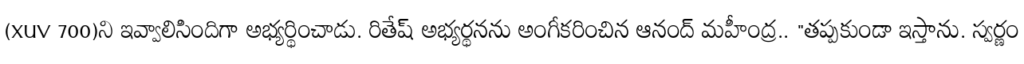
(XUV 700)ని ఇవ్వాలిసిందిగా అభ్యర్థించాడు. రితేష్ అభ్యర్థనను అంగీకరించిన ఆనంద్ మహీంద్ర.. "తప్పకుండా ఇస్తాను. స్వర్ణం